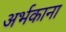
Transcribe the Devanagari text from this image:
अर्भकाना